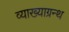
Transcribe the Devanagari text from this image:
व्याख्याग्रन्थ